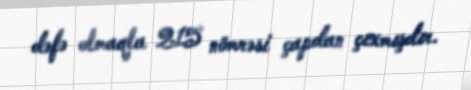
dəfə olmaqla 215 nömrəsi çapdan çıxmışdır.